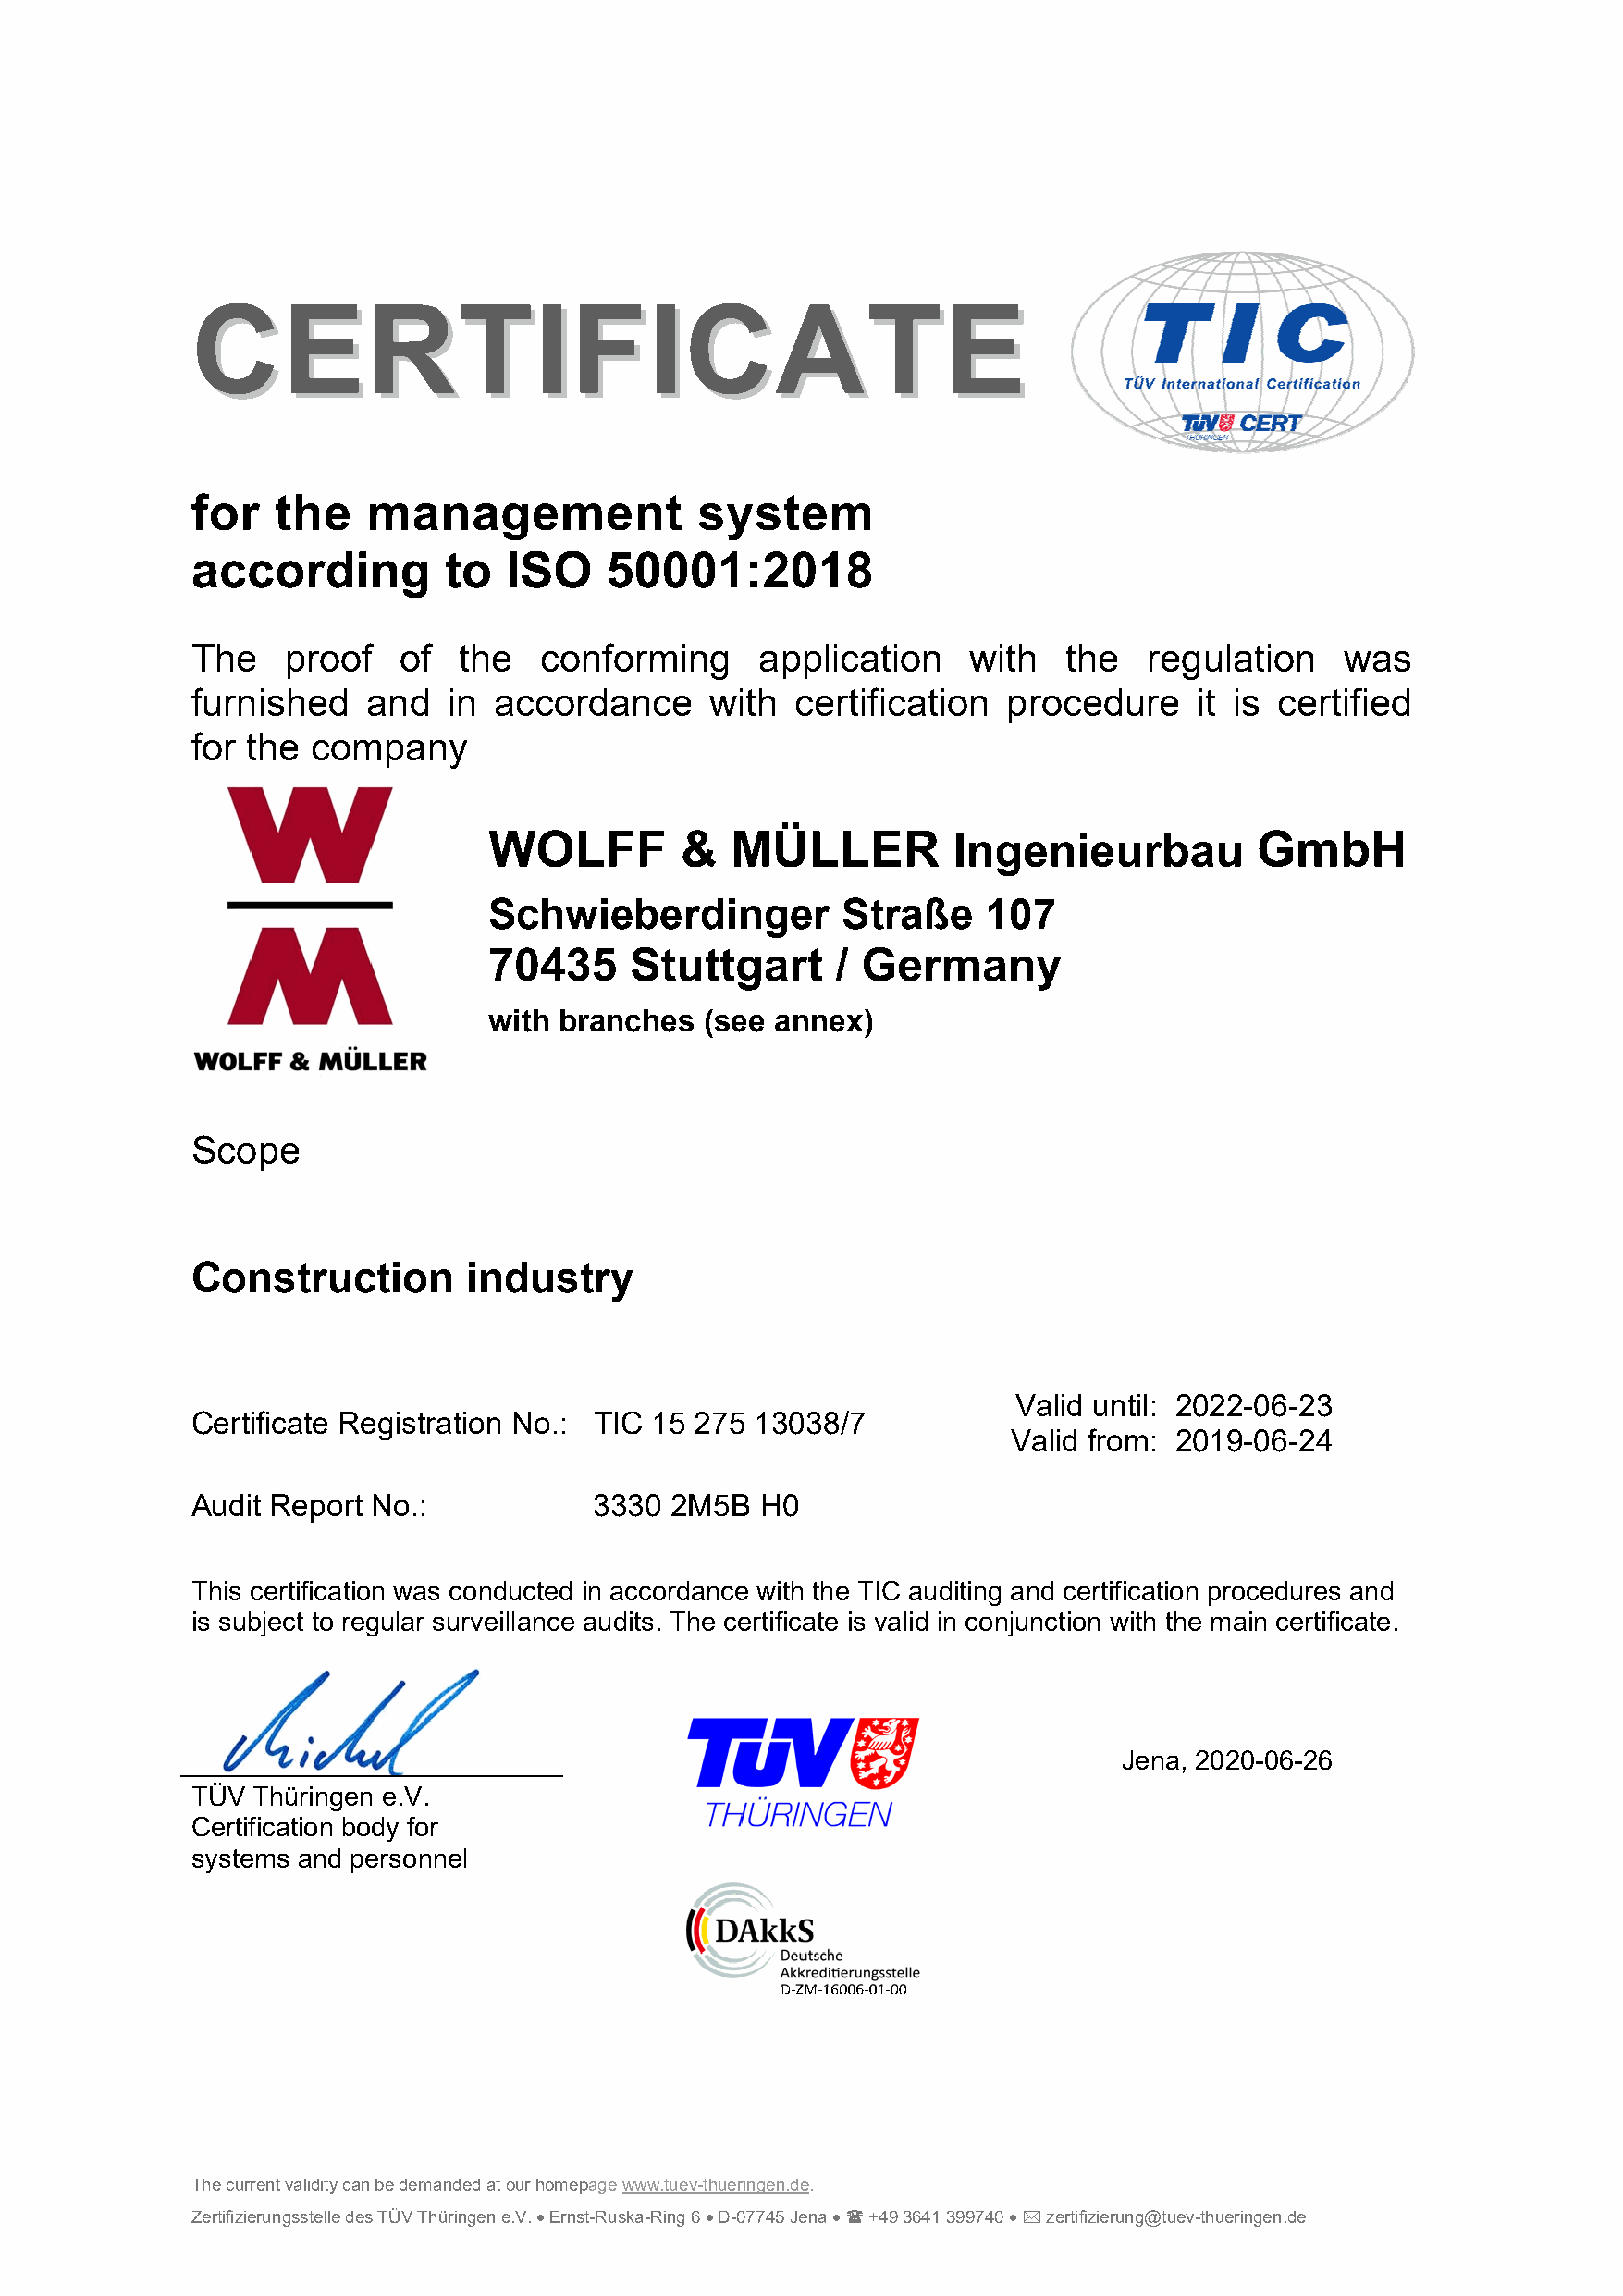
CCEERRTTIIFFIICCAATTEE
 for   the   management              system
 according         to  ISO    50001:2018
 The   proof    of  the   conforming     application    with   the   regulation    was
 furnished   and   in accordance      with  certification  procedure     it is certified
 for the company
 WOLFF         &  MÜLLER          Ingenieurbau          GmbH
 Schwieberdinger          Straße     107
 70435     Stuttgart      / Germany
 with branches  (see annex)
 Scope
 Construction       industry
 Valid until: 2022-06-23
 Certificate Registration No.: TIC 15 275 13038/7
 Valid from: 2019-06-24
 Audit Report No.:           3330  2M5B  H0
 This certification was conducted in accordance with the TIC auditing and certification procedures and
 is subject to regular surveillance audits. The certificate is valid in conjunction with the main certificate.
 Jena, 2020-06-26
 TÜV Thüringen e.V.
 Certification body for
 systems and personnel
 The current validity can be demanded at our homepage www.tuev-thueringen.de.
 Zertifizierungsstelle des TÜV Thüringen e.V.  Ernst-Ruska-Ring 6  D-07745 Jena   +49 3641 399740   zertifizierung@tuev-thueringen.de